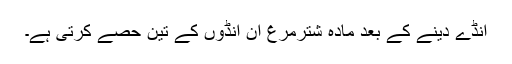
انڈے دینے کے بعد مادہ شترمرغ ان انڈوں کے تین حصے کرتی ہے۔